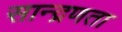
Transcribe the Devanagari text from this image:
सान्द्रणता